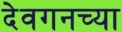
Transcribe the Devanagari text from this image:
देवगनच्या